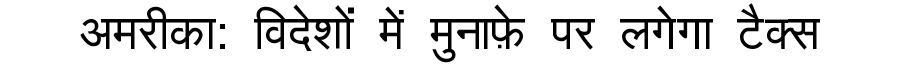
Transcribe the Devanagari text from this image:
अमरीका: विदेशों में मुनाफ़े पर लगेगा टैक्स